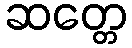
ဆတ္တေ